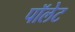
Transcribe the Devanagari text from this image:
पॉलेट